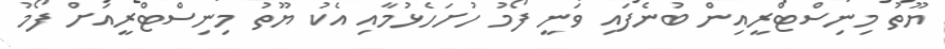
ޔޫތު މިނިސްޓްރީއިން ބުނެފައި ވަނީ ފޯމު ހުށަހެޅުމާއި އެކު ޔޫތު މިނިސްޓްރީއަށް ފޯމު